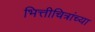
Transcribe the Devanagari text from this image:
भित्तीचित्रांच्या